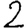
Digit: 2